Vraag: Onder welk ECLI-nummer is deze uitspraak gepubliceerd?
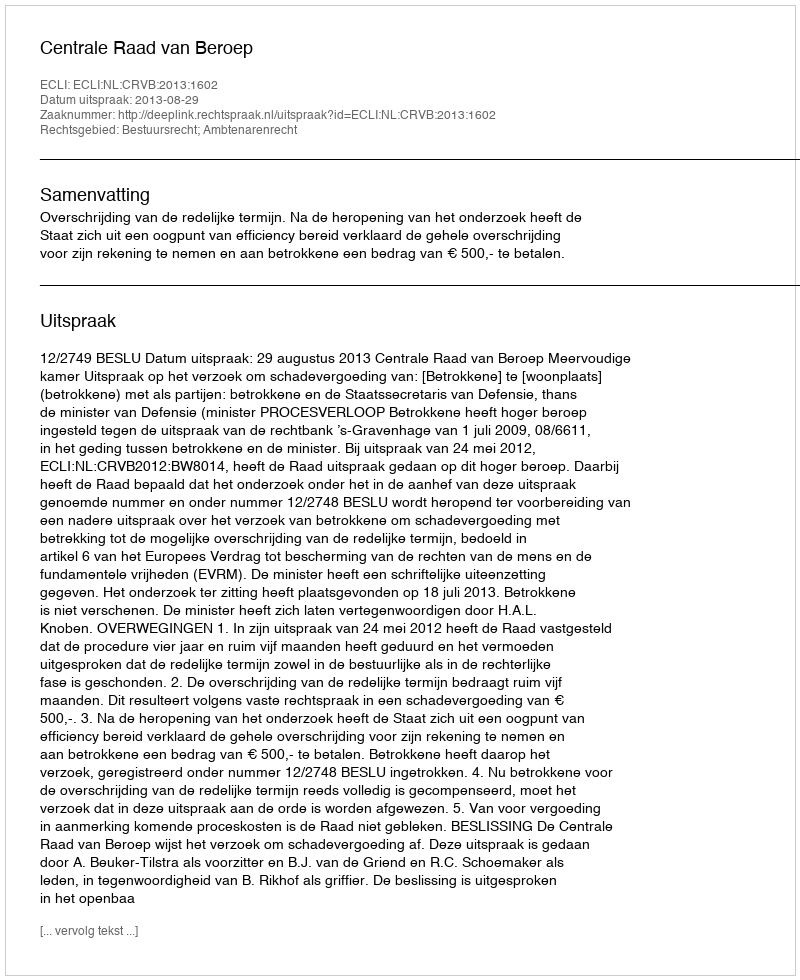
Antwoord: ECLI:NL:CRVB:2013:1602